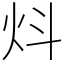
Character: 炓